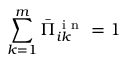
\sum _ { k = 1 } ^ { m } \bar { \Pi } _ { i k } ^ { \mathrm { ~ i ~ n ~ } } = 1